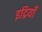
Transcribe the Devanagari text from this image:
इद्रियाँ